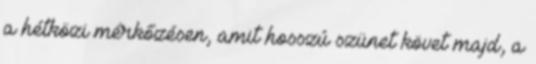
a hétközi mérkőzésen, amit hosszú szünet követ majd, a